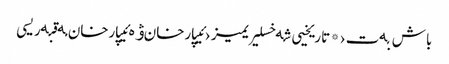
باش بەت › * تاریخیی شەخسلیریمیز › ئیپارخان ۋە ئیپارخان مەقبەریسی